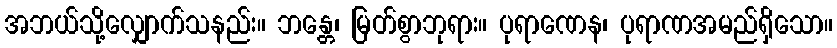
အဘယ်သို့လျှောက်သနည်း။ ဘန္တေ၊ မြတ်စွာဘုရား။ ပုရာဏေန၊ ပုရာဏအမည်ရှိသော။